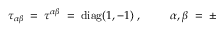
\tau _ { \alpha \beta } \; = \; \tau ^ { \alpha \beta } \; = \; \mathrm { d i a g } ( 1 , - 1 ) \; , \; \; \; \; \; \; \; \; \; \alpha , \beta \; = \; \pm